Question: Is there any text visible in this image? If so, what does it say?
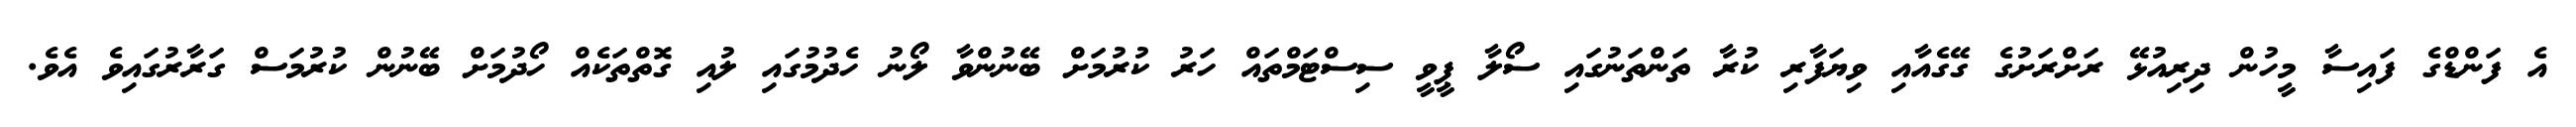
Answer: އެ ފަންޑްގެ ފައިސާ މީހުން ދިރިއުޅޭ ރަށްރަށުގެ ގޭގެއާއި ވިޔަފާރި ކުރާ ތަންތަނުގައި ސޯލާ ޕީވީ ސިސްޓަމްތައް ހަރު ކުރުމަށް ބޭނުންވާ ލޯނު ހެދުމުގައި ލުއި ގޮތްތަކެއް ހޯދުމަށް ބޭނުން ކުރުމަސް ގަރާރުގައިވެ އެވެ.